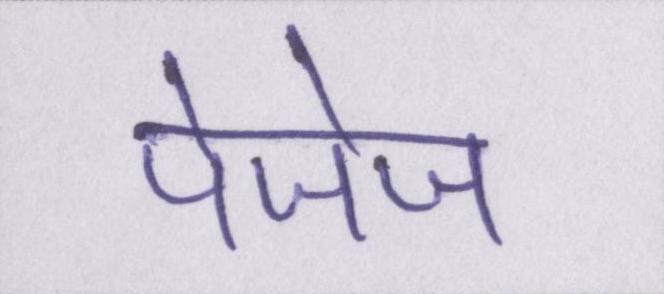
पेजेज